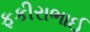
ફકીરાભાઈ